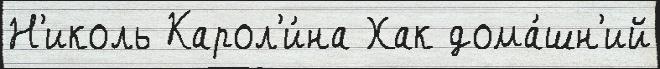
Н'иколь Карол'и́на Хак дома́шн'ий